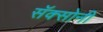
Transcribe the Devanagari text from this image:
सॅक्सोनी